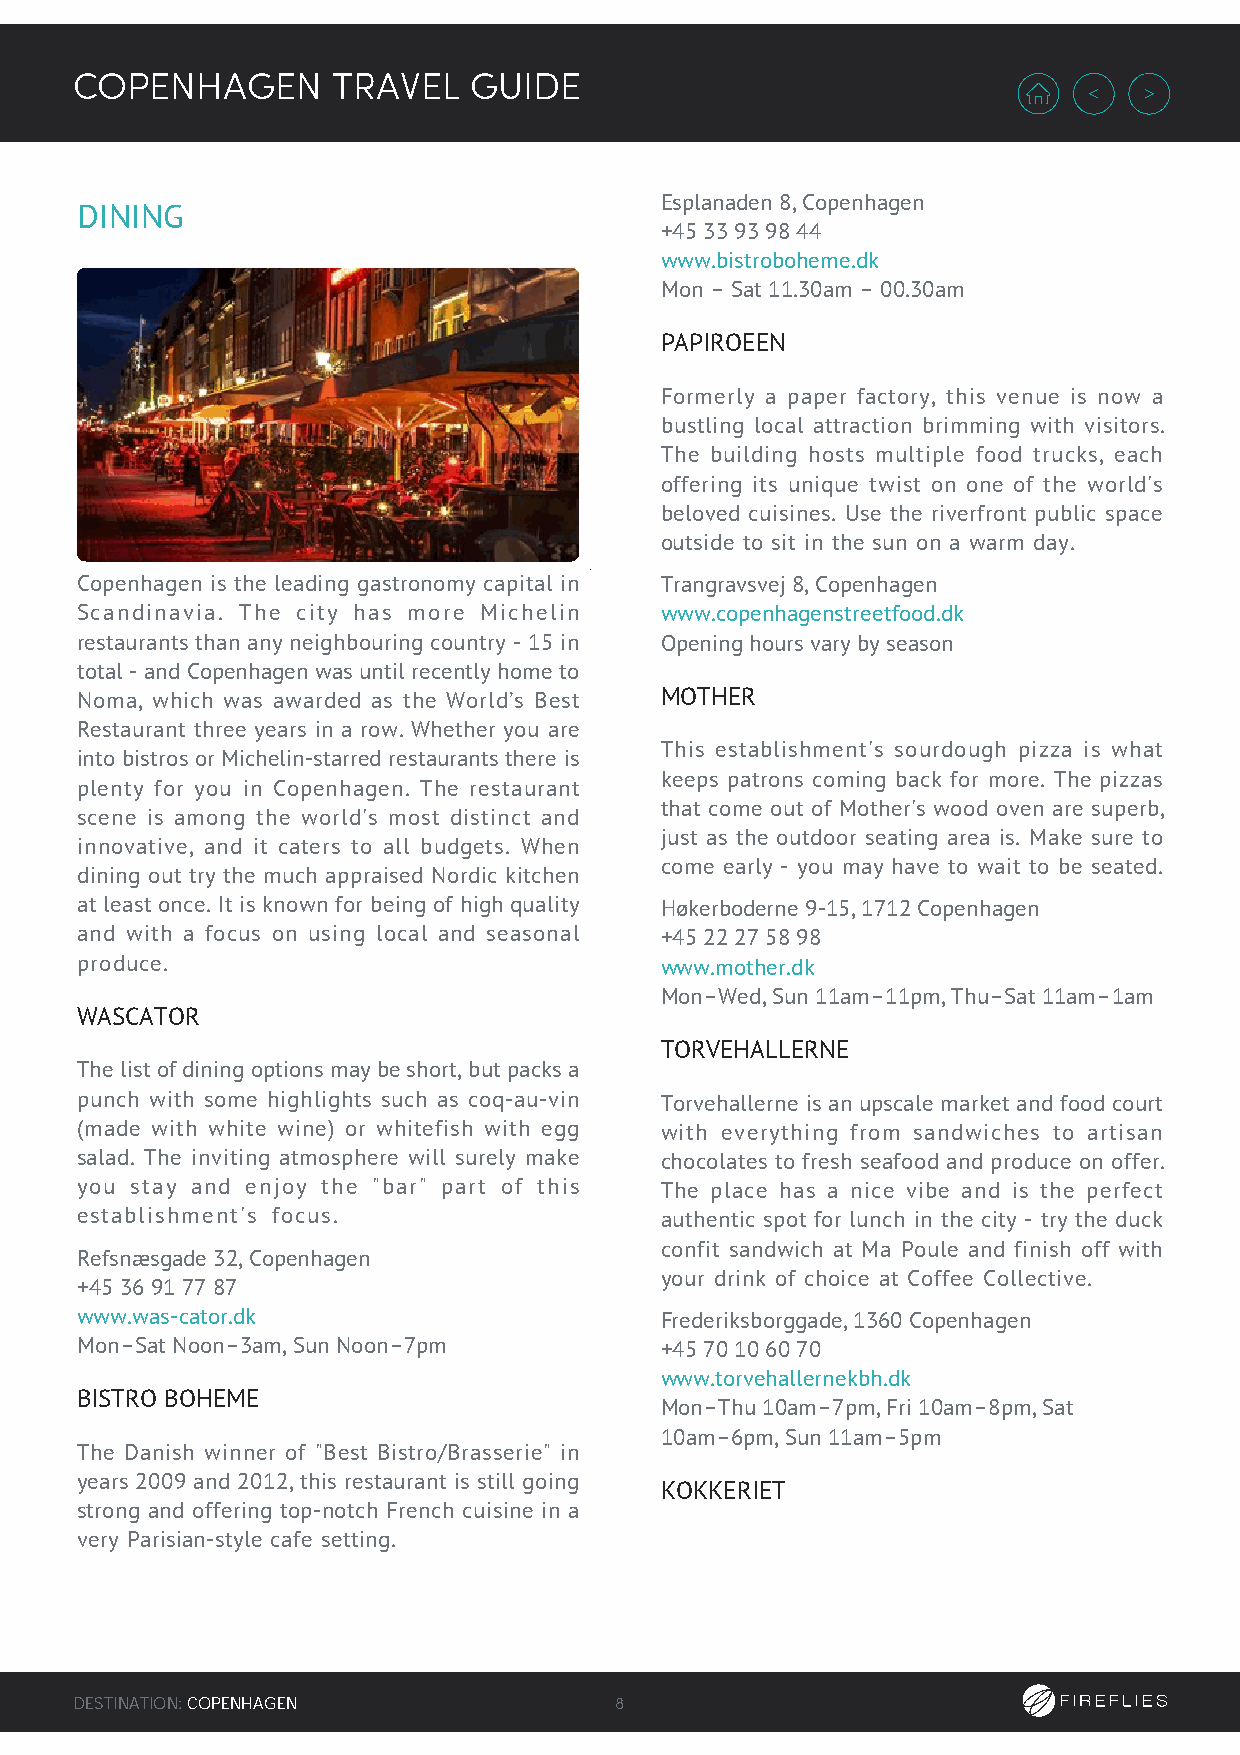
COPENHAGEN       TRAVEL   GUIDE
 Esplanaden 8, Copenhagen
 DINING
 +45 33 93 98 44
 www.bistroboheme.dk
 Mon – Sat 11.30am – 00.30am
 PAPIROEEN
 Formerly a paper factory, this venue is now a
 bustling local attraction brimming with visitors.
 The building hosts multiple food trucks, each
 offering its unique twist on one of the world's
 beloved cuisines. Use the riverfront public space
 outside to sit in the sun on a warm day.
 Copenhagen is the leading gastronomy capital in Trangravsvej 8, Copenhagen
 Scandinavia. The city has more Michelin www.copenhagenstreetfood.dk
 restaurants than any neighbouring country - 15 in Opening hours vary by season
 total - and Copenhagen was until recently home to
 Noma, which was awarded as the World’s Best MOTHER
 Restaurant three years in a row. Whether you are
 This establishment's sourdough pizza is what
 into bistros or Michelin-starred restaurants there is
 keeps patrons coming back for more. The pizzas
 plenty for you in Copenhagen. The restaurant
 that come out of Mother's wood oven are superb,
 scene is among the world's most distinct and
 just as the outdoor seating area is. Make sure to
 innovative, and it caters to all budgets. When
 come early - you may have to wait to be seated.
 dining out try the much appraised Nordic kitchen
 at least once. It is known for being of high quality Høkerboderne 9-15, 1712 Copenhagen
 and with a focus on using local and seasonal +45 22 27 58 98
 produce.                               www.mother.dk
 Mon–Wed, Sun 11am–11pm, Thu–Sat 11am–1am
 WASCATOR
 TORVEHALLERNE
 The list of dining options may be short, but packs a
 punch with some highlights such as coq-au-vin Torvehallerne is an upscale market and food court
 (made with white wine) or whitefish with egg with everything from sandwiches to artisan
 salad. The inviting atmosphere will surely make chocolates to fresh seafood and produce on offer.
 you stay and enjoy the "bar" part of this The place has a nice vibe and is the perfect
 establishment's focus.                 authentic spot for lunch in the city - try the duck
 confit sandwich at Ma Poule and finish off with
 Refsnæsgade 32, Copenhagen
 your drink of choice at Coffee Collective.
 +45 36 91 77 87
 www.was-cator.dk                       Frederiksborggade, 1360 Copenhagen
 Mon–Sat Noon–3am, Sun Noon–7pm         +45 70 10 60 70
 www.torvehallernekbh.dk
 BISTRO BOHEME
 Mon–Thu 10am–7pm, Fri 10am–8pm, Sat
 10am–6pm, Sun 11am–5pm
 The Danish winner of "Best Bistro/Brasserie" in
 years 2009 and 2012, this restaurant is still going
 KOKKERIET
 strong and offering top-notch French cuisine in a
 very Parisian-style cafe setting.
 DESTINATION: COPENHAGEN             8